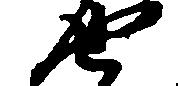
せ